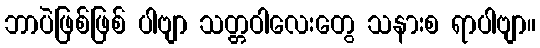
ဘာပဲဖြစ်ဖြစ် ပါဗျာ သတ္တဝါလေးတွေ သနားစ ရာပါဗျာ။